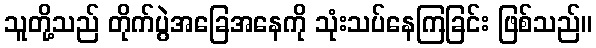
သူတို့သည် တိုက်ပွဲအခြေအနေကို သုံးသပ်နေကြခြင်း ဖြစ်သည်။